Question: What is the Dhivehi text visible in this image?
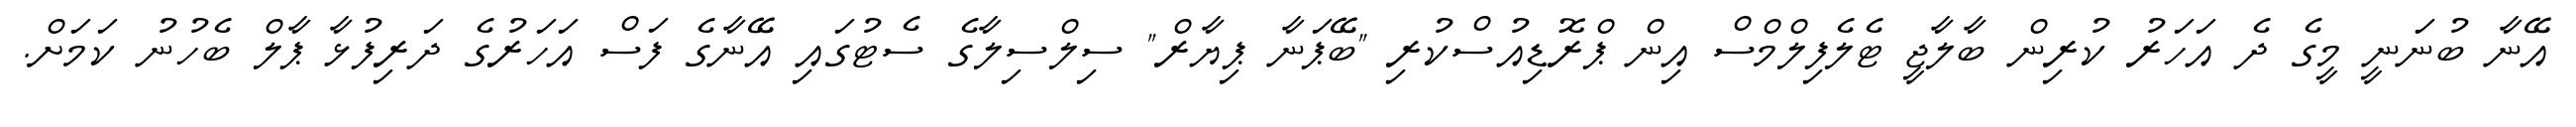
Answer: އޭނާ ބުނަނީ މީގެ ދެ އަހަރު ކުރިން ބާލާޖީ ޓެލެފިލްމްސް އިން ޕްރޮޑިއުސްކުރި "ބޭޕަނާ ޕިޔާރް" ސިލްސިލާގެ ސެޓުގައި އޭނާގެ ފަސް އަހަރުގެ ދަރިފުޅާ ޕާލް ބެހުނު ކަމަށް.